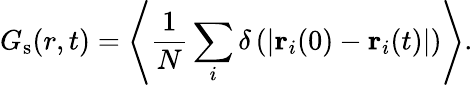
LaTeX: G_{\mathrm{s}}(r,t)=\left<\frac{1}{N}\sum_{i}\delta\left(\left|\mathbf{r}_{i}(0)-\mathbf{r}_{i}(t)\right|\right)\right>.